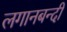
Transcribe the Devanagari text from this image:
लगानबन्दी